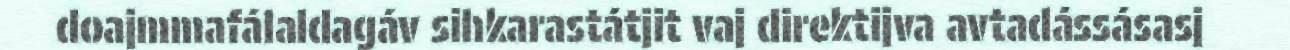
doajmmafálaldagáv sihkarastátjit vaj direktijva avtadássásasj